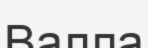
Валла